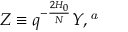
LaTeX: Z \equiv q ^ { - \frac { 2 H _ { 0 } } { N } } Y , \footnote { W h e n r e s t r i c t e d t o a c t i n g o n 0 - f o r m s , t h i s o p e r a t o r i s i d e n t i c a l t o t h e o p e r a t o r Y i n \cite { Z 2 } . }